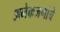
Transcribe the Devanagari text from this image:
अनेकजणांचे